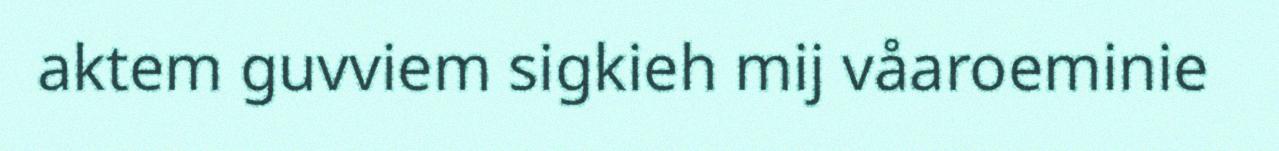
aktem guvviem sigkieh mij våaroeminie